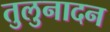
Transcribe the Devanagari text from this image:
तुलुनादन